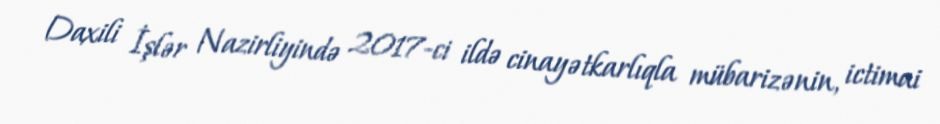
Daxili İşlər Nazirliyində 2017-ci ildə cinayətkarlıqla mübarizənin, ictimai